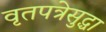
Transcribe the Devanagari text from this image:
वृतपत्रेसुद्धा